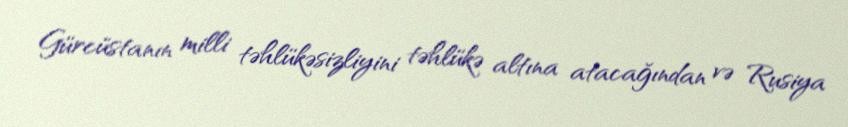
Gürcüstanın milli təhlükəsizliyini təhlükə altına atacağından və Rusiya